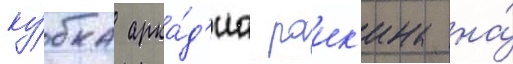
ку́бка арка́д'иа раик'ина на́